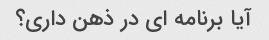
آیا برنامه ای در ذهن داری؟